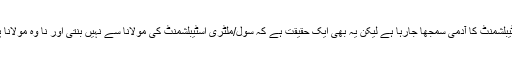
اگرچہ مولانا کو اسٹیبلشمنٹ کا آدمی سمجھا جارہا ہے لیکن یہ بھی ایک حقیقت ہے کہ سول/ملٹری اسٹیبلشمنٹ کی مولانا سے نہیں بنتی اور نا وہ مولانا پر اعتماد کرتی ہے۔